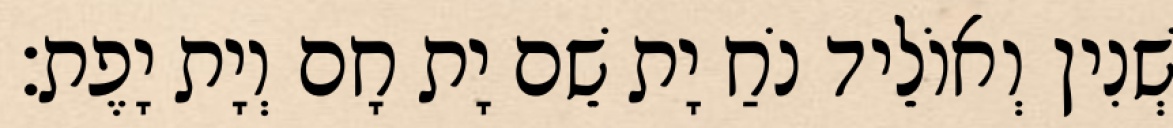
שְׁנִין וְאוֹלֵיד נֹחַ יָת שֵׁם יָת חָם וְיָת יָפֶת׃